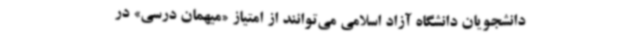
دانشجویان دانشگاه آزاد اسلامی می‌توانند از امتیاز «میهمان درسی» در